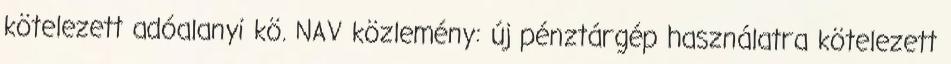
kötelezett adóalanyi kö. NAV közlemény: új pénztárgép használatra kötelezett